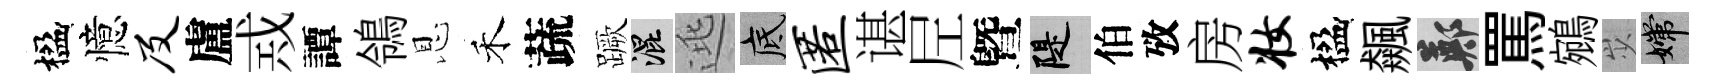
楹憶及盧𢦶譚鴒恩禾蔬蹶混逃底匿谌𡰱曁堤伯攷房妆楹飆鄭罵鵷𡵯嫦